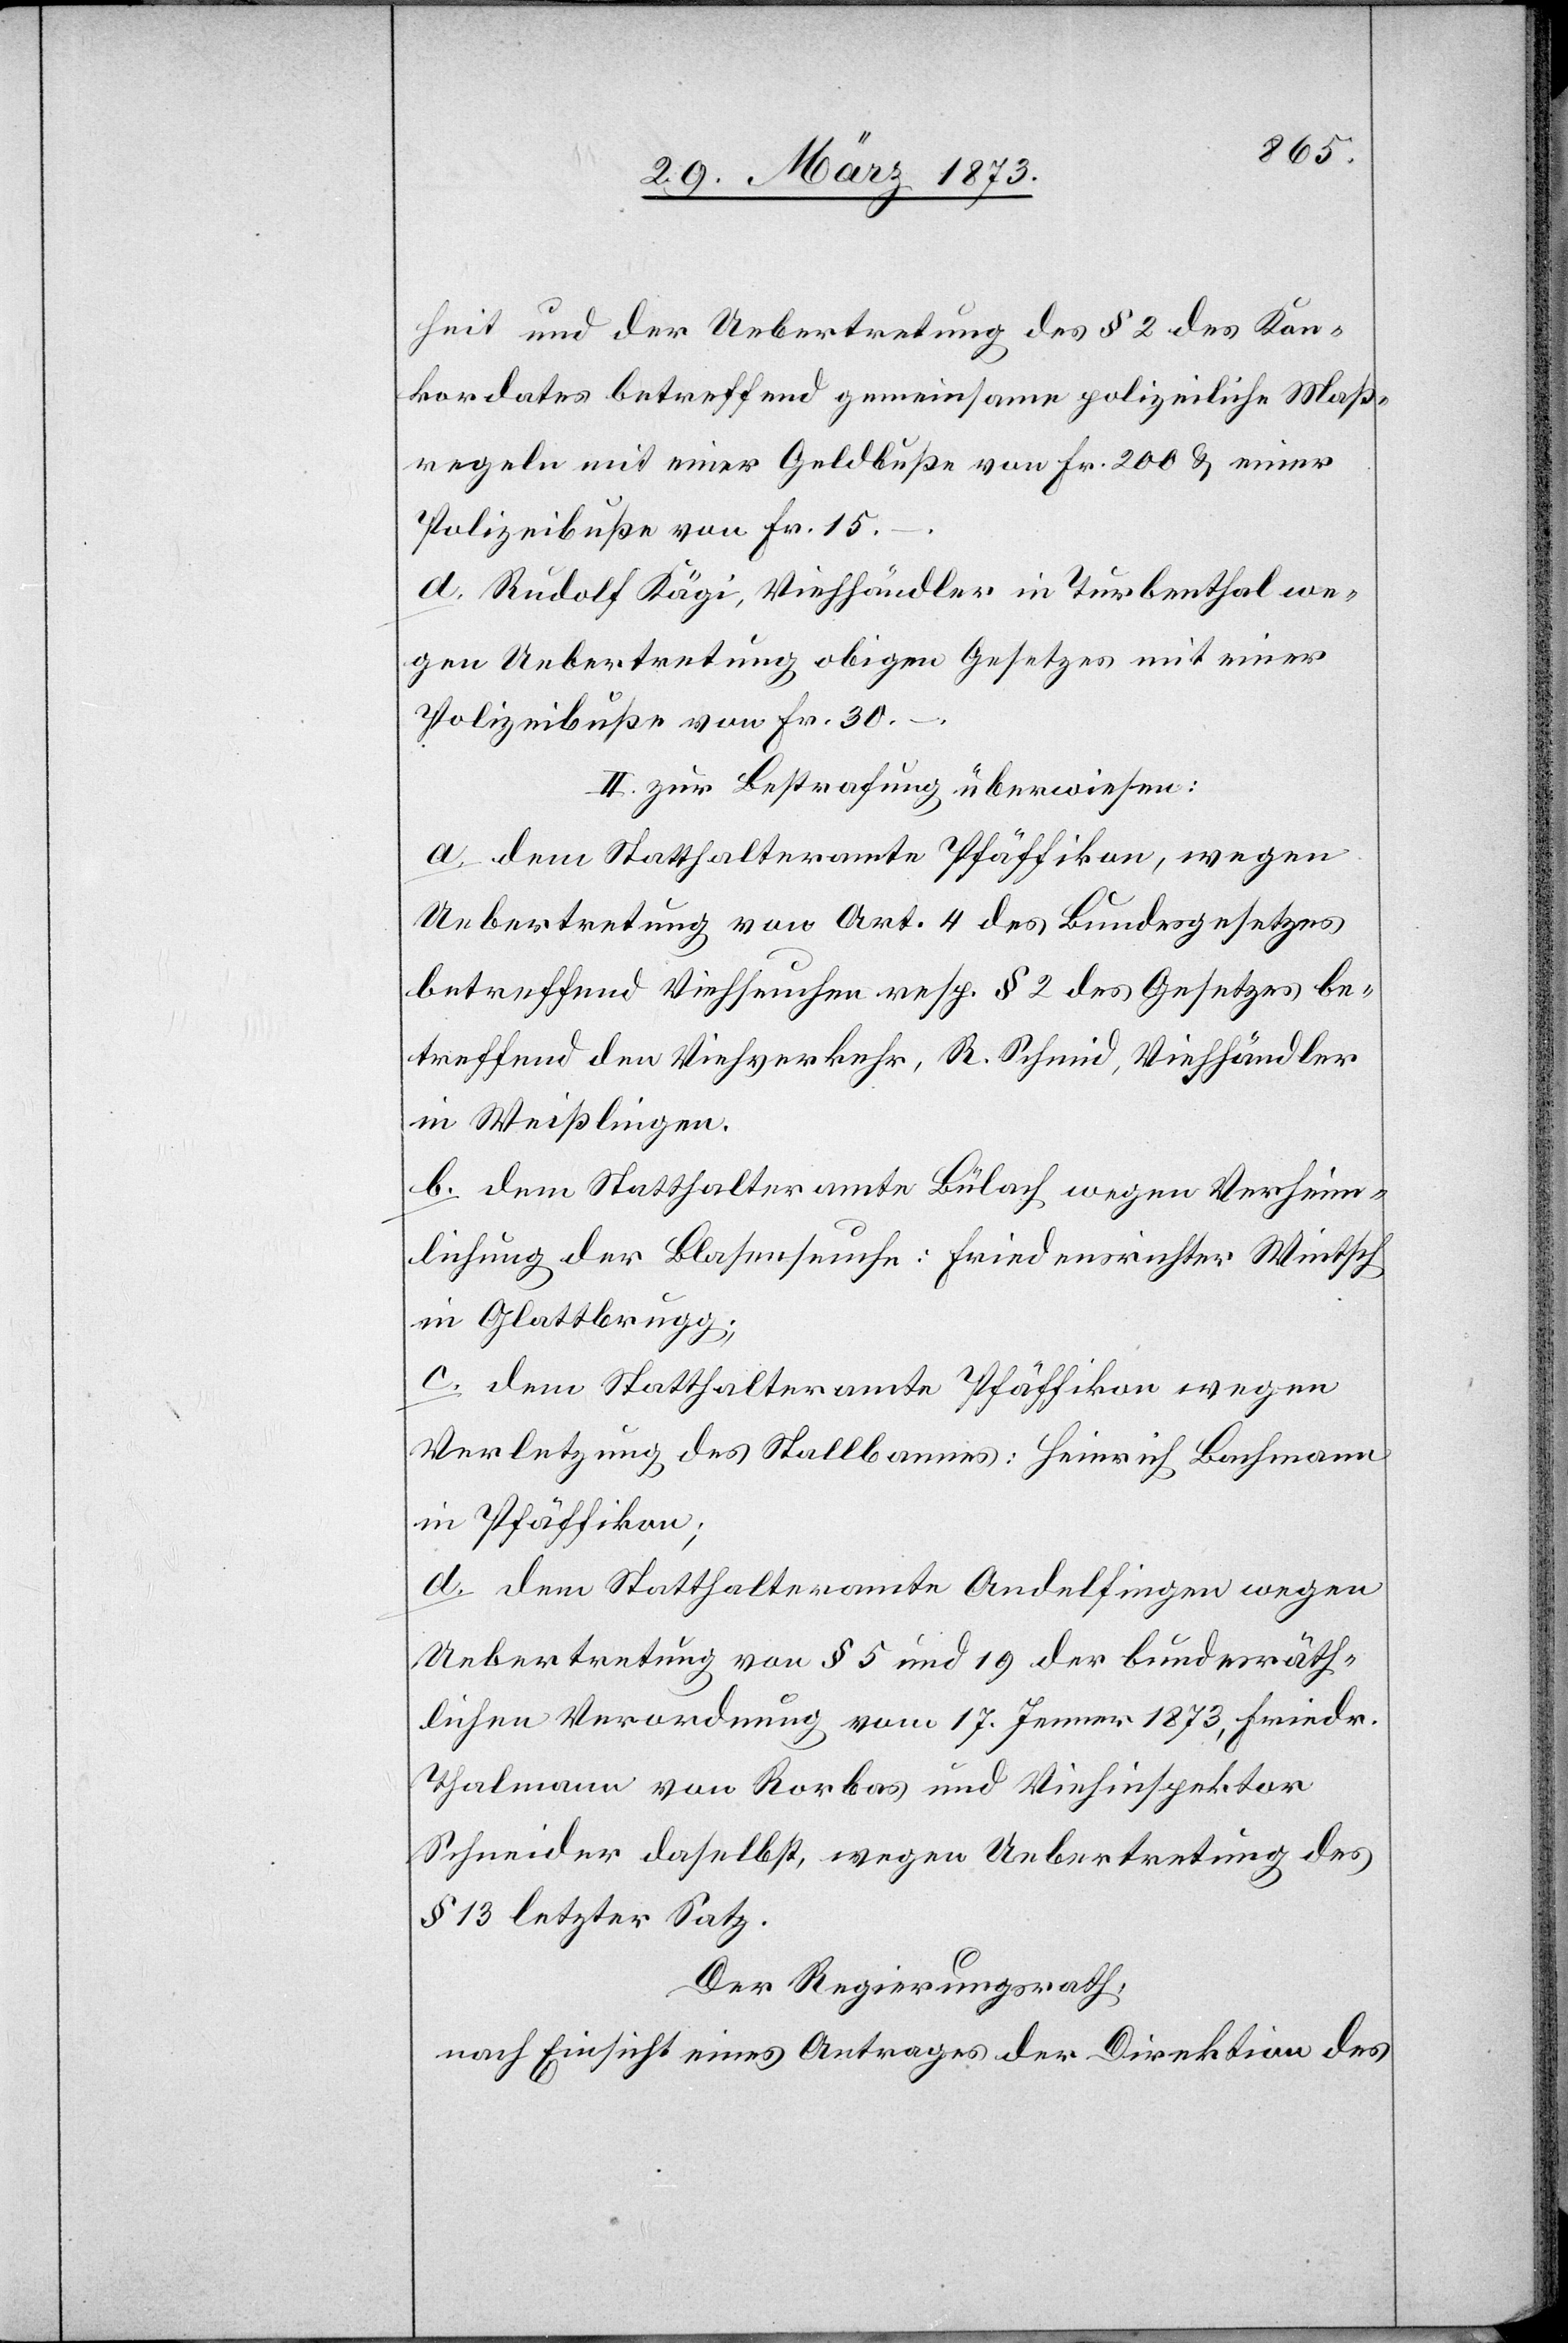
heit und der Uebertretung des § 2 des Kon¬
kordates betreffend gemeinsame polizeiliche Maß¬
regeln mit einer Geldbuße von Fr. 200 u. einer
Polizeibuße von Fr. 15.
d. Rudolf Kägi, Viehhändler in Turbenthal we¬
gen Uebertretung obigen Gesetzes mit einer
Polizeibuße von Fr. 30.
II. zur Bestrafung überwiesen:
a. dem Statthalteramte Pfäffikon, wegen
Uebertretung von Art. 4 des Bundesgesetzes
betreffend Viehseuchen resp. § 2 des Gesetzes be¬
treffend den Viehverkehr, R. Schmid, Viehhändler
in Weißlingen.
b. dem Statthalteramte Bülach wegen Verheim¬
lichung der Blasenseuche: Friedensrichter Wintsch
in Glattbrugg.
c. dem Statthalteramte Pfäffikon wegen
Verletzung des Stallbannes: Heinrich Bachmann
in Pfäffikon;
d. dem Statthalteramte Andelfingen wegen
Uebertretung von § 5 und 19 der bundesräth¬
lichen Verordnung vom 17. Jenner 1873, Friedr.
Thalmann von Rorbas und Viehinspektor
Schneider daselbst, wegen Uebertretung des
§ 13 letzter Satz.
Der Regierungsrath,
nach Einsicht eines Antrages der Direktion des